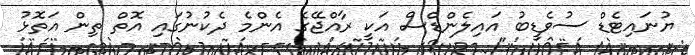
ޔުނައިޓެޑް ސުވެޑީބު އައިލެންޑްސް އަކީ ރާއްޖޭގެ އެންމެ ދެކުނުގައި އޮތް ތިން އަތޮޅު